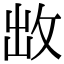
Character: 𭣩